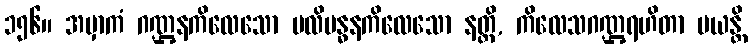
၁၅၆။ အမှာကံ ဂဏ္ဌနကိလေသော ပလိဗန္ဓနကိလေသော နတ္ထိ, ကိလေသဂဏ္ဌရဟိတာ မယန္တိ